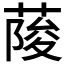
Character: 𦶬